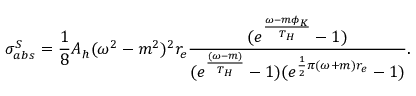
\sigma _ { a b s } ^ { S } = \frac { 1 } { 8 } A _ { h } ( \omega ^ { 2 } - m ^ { 2 } ) ^ { 2 } r _ { e } \frac { ( e ^ { \frac { \omega - m \phi _ { K } } { T _ { H } } } - 1 ) } { ( e ^ { \frac { ( \omega - m ) } { T _ { H } } } - 1 ) ( e ^ { \frac { 1 } { 2 } \pi ( \omega + m ) r _ { e } } - 1 ) } .